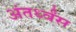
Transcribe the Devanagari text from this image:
अंतर्ध्वंस